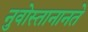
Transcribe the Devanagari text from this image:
नुवोस्तानानते